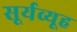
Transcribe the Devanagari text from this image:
सूर्यव्यूह